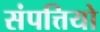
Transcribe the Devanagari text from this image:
संपत्तियो